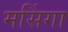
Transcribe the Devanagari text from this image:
मसिंगा